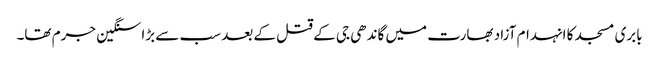
بابری مسجد کا انہدام آزاد بھارت میں گاندھی جی کے قتل کے بعد سب سے بڑا سنگین جرم تھا۔